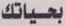
بحياتك